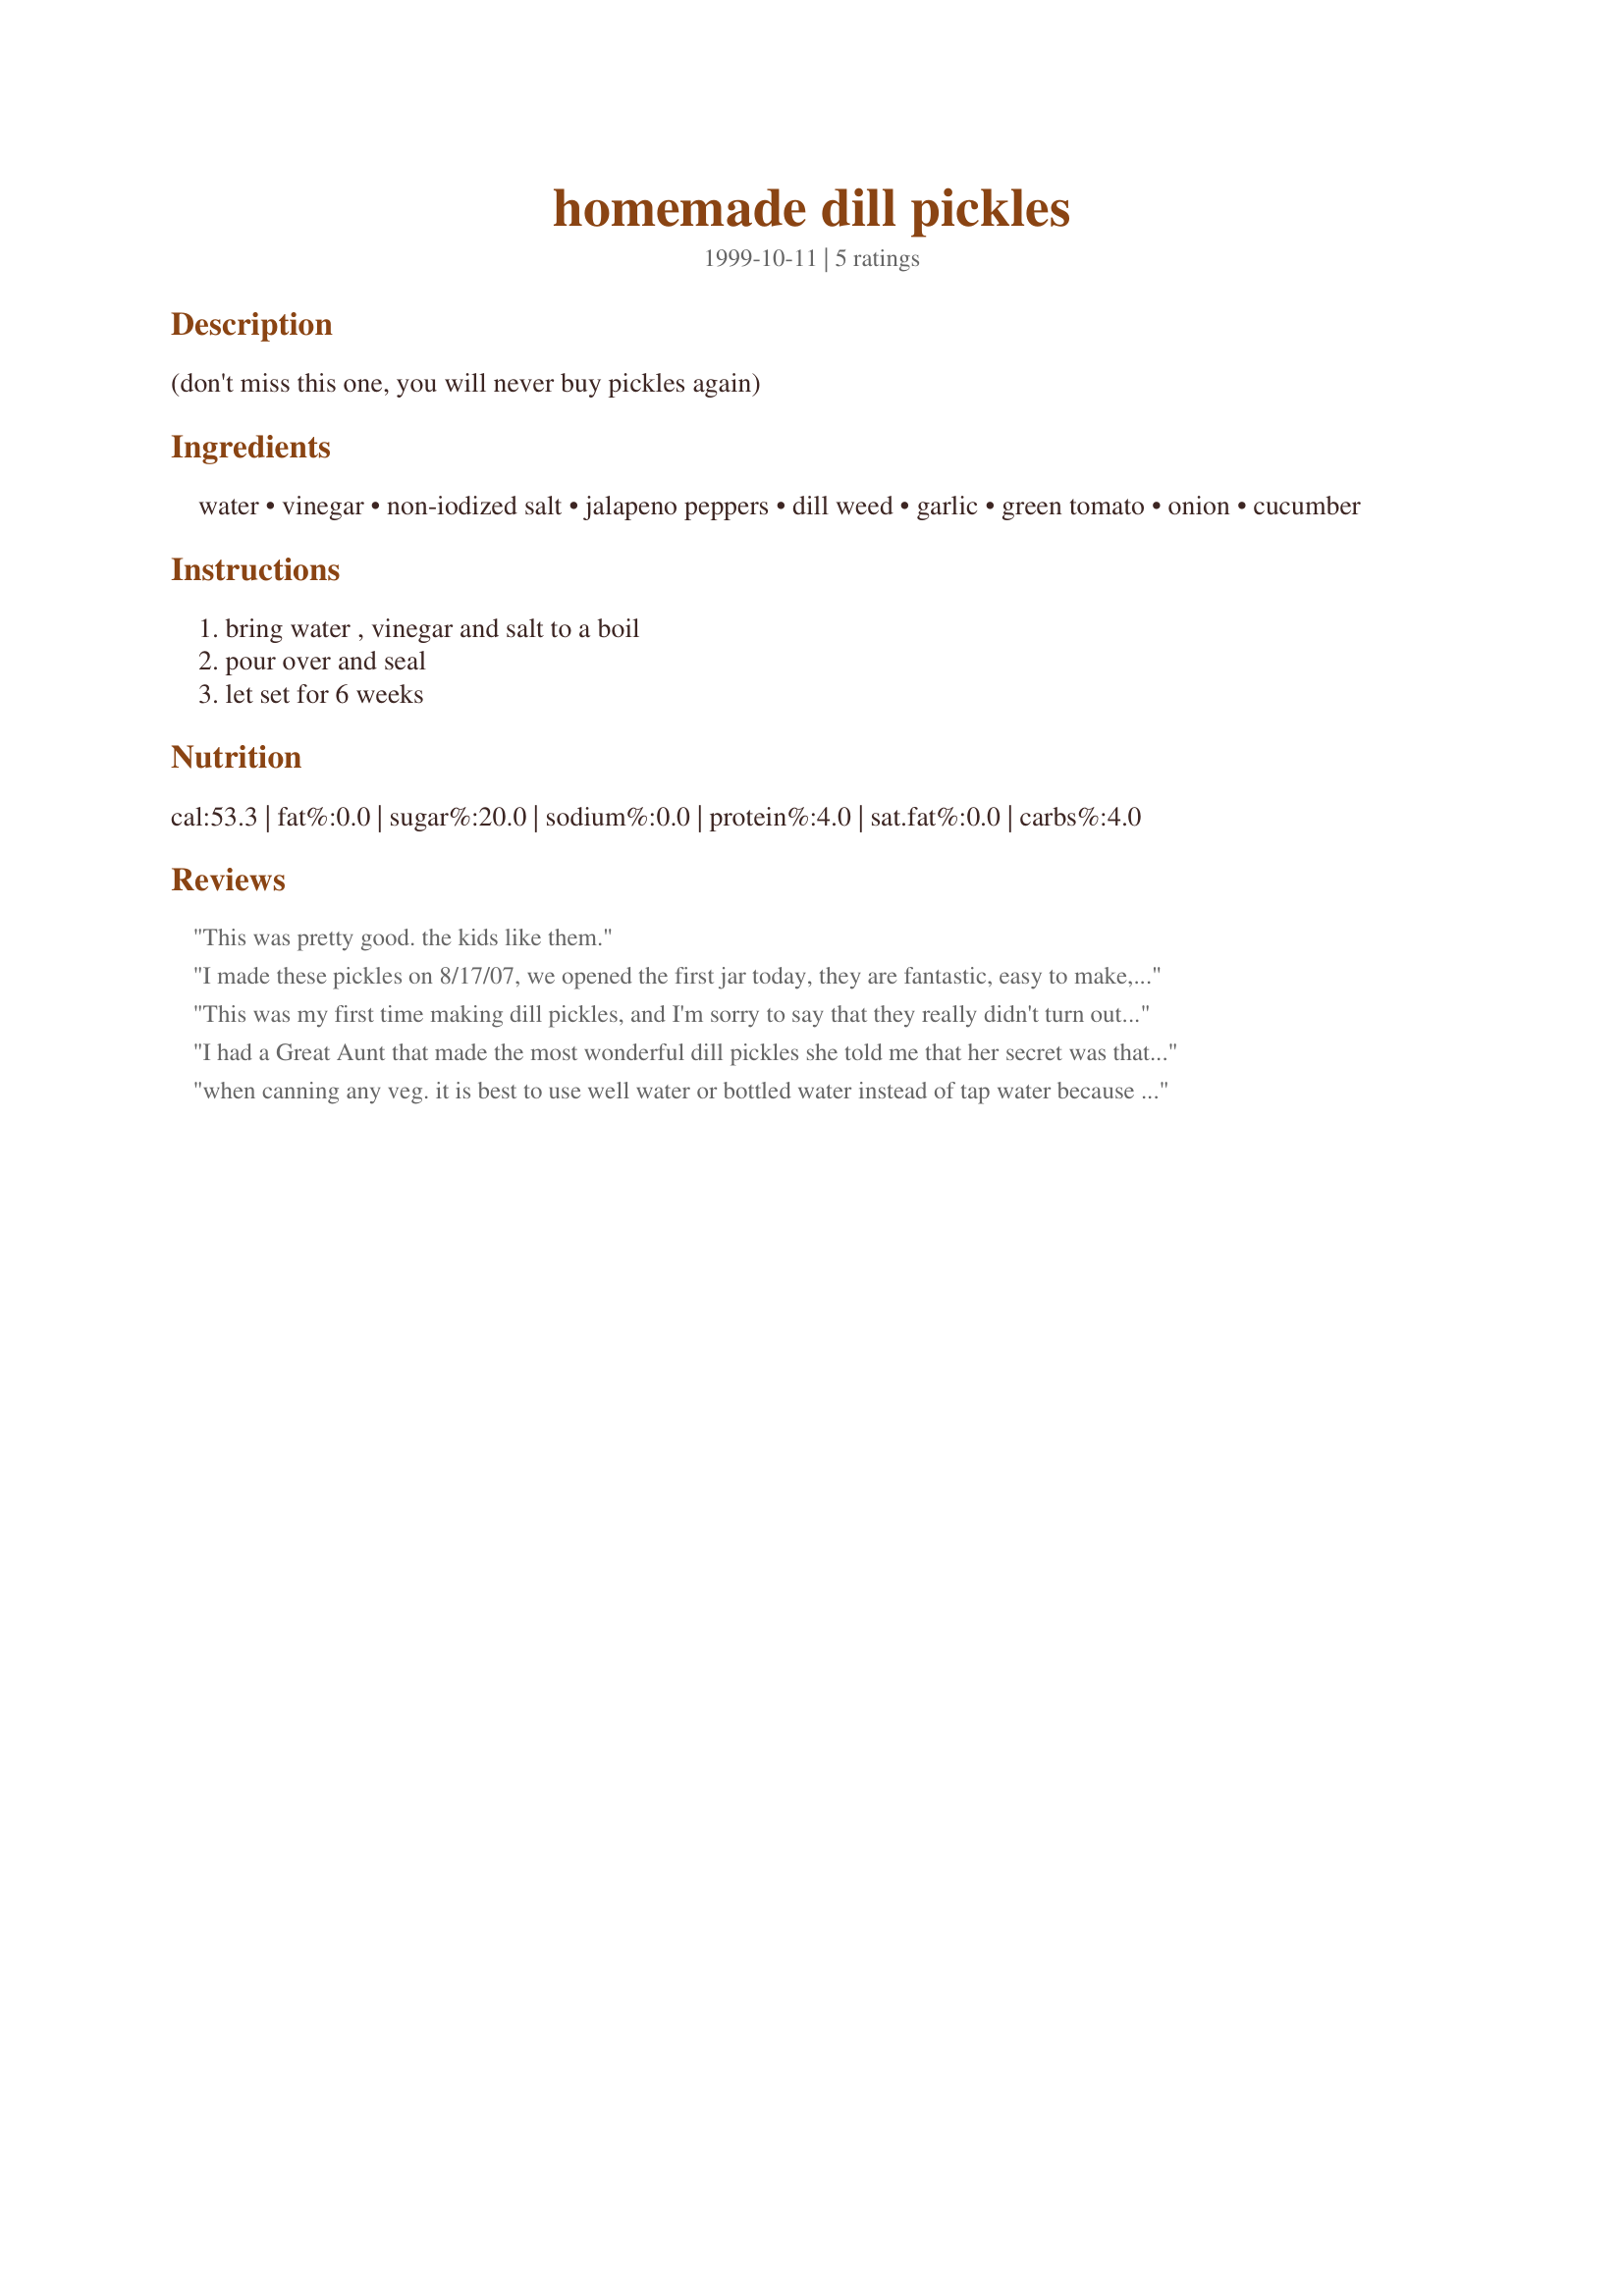
homemade dill pickles
Preparation time: 0 minutes

(don't miss this one, you will never buy pickles again)

Ingredients:
water, vinegar, non-iodized salt, jalapeno peppers, dill weed, garlic, green tomato, onion, cucumber

Steps:
bring water , vinegar and salt to a boil, pour over and seal, let set for 6 weeks

Reviews:
This was pretty good. the kids like them.
I made these pickles on 8/17/07, we opened the first jar today, they are fantastic, easy to make, and these are not processed, so they are not soggy, very nice pickles, I only used 1 slice of jalapeno pepper per jar (pints) this worked out well for me. Thank you for your recipe. Sue H.
This was my first time making dill pickles, and I'm sorry to say that they really didn't turn out very well. The directions weren't very clear--what is meant by "seal?" I put them in a boiling water bath for 10 minutes, and the jars sealed in about 1-2 hours. I waited 2 weeks (I know...I should have waited a month), and decided to open a jar just to taste them. The pickles are quite mushy. The flavor is really good though--just what I wanted them to taste like. I'm not sure what went wrong. (btw...I used bottled spring water)
I had a Great Aunt that made the most wonderful dill pickles she told me that her secret was that she used rain water. How interesting. June Bug
when canning any veg. it is best to use well water or bottled water instead of tap water because of the chlorine. I think on the garlic it means a clove instead of a head
